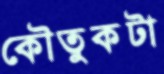
কৌতুকটা